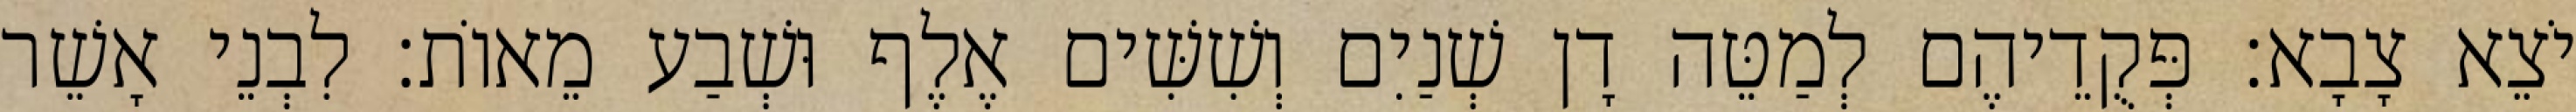
יֹצֵא צָבָא׃ פְּקֻדֵיהֶם לְמַטֵּה דָן שְׁנַיִם וְשִׁשִּׁים אֶלֶף וּשְׁבַע מֵאוֹת׃ לִבְנֵי אָשֵׁר